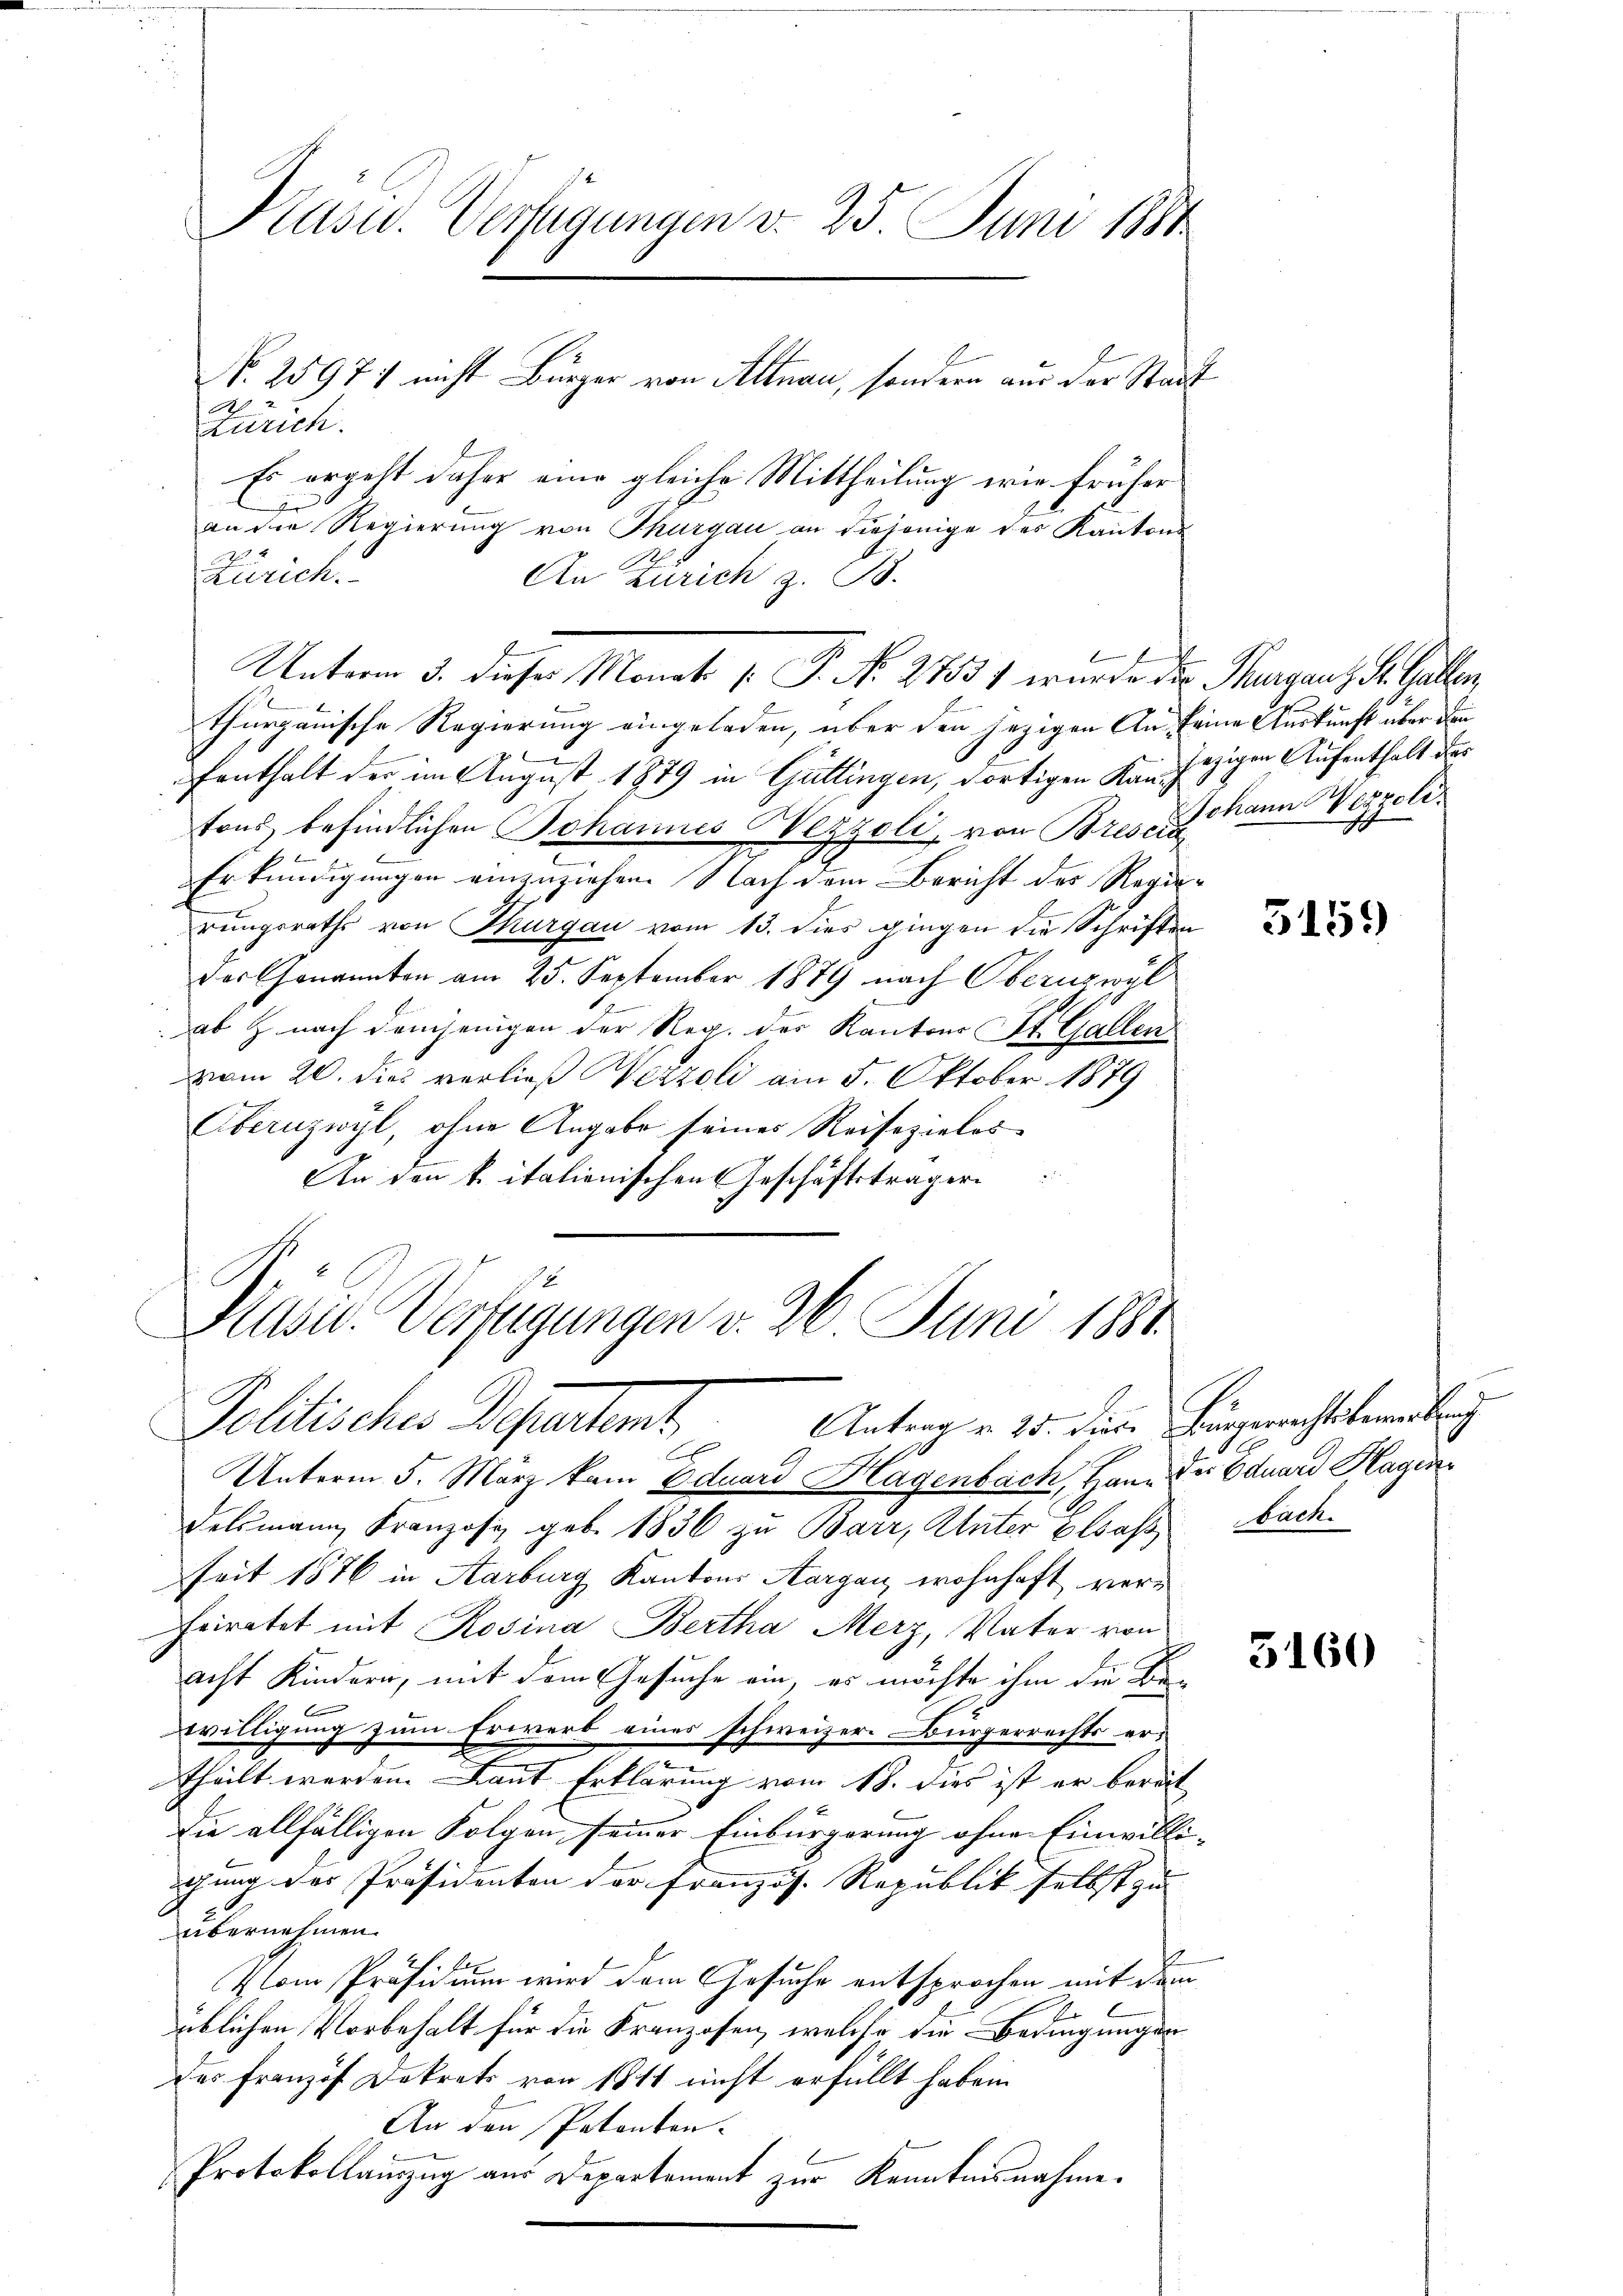
A 2
Zürich.
Es ergeht daher eine gleiche Mittheilung wie früher
h
an die Regierung von Thurgau an diejenige des Kantons-
.
Zürich.
An Zürich z. B.
thurgauische Regierung eingeladen, über den jezigen An seine Auskunft über dann
fenthalt der im August 1879 in Güttingen, dortigen Kan jezigen Aufenthalt der
tons befindlichen Johannes Vezzoli, von Bresera
Erkundigungen einzuziehen. Nach dem Bericht der Regierungsraths von Thurgau vom 13. dies gingen die Schriften
das Genannten am 25. September 1879 nach Obernzwyl
e
ab Z. nach demjenigen der Reg. der Kantons St. Gallen
vom 20. dies verließ Wezzoli am 5. Oktober 1879
Obernzwyl, ohne Angabe seines Reisezieles
An den k. italienischen Geschäftsträger

Präsid. Verfügungen d. 25. Juni 1884
No. 2597: nicht Bürger von Altnau, sondern aus der Stadt

Hasu. Verfügungen v. 26. Juni 1881.
Politisches Departamt
Antrag v. 25. Dieser Burgerrechtskenburg

Unterm 5. März kam Oduard Klagenbach, Han. Der Eduard Hagin
delsmann Franzosi geb. 1836 zu Barr, Unter Elsass Nach
seit 1876 in Aarburg Kantons Aargau, wohnhaft verheiratet mit Rosina Bertha Merz, Vater von
acht Kindern, mit dem Gesuche ein, es möchte ihm die Be-
willigung zum Erwerb einer schweizer. Bürgerrechts er-
theilt werden. Laut Erklärung vom 18. dies ist er bereit
Die allfälligen Folgen, seiner Einbürgerung ohne Einwilli-
ichung des Präsidenten der Französ. Republik selbst zu
übernehmen.
Klom Präsidium wird dem Gesuche entsprochen mit dem
üblichen Vorbehalt für die Kranzosen, welche die Bedingungen
des Franzis Dekrets von 1811 nicht erfüllt haben
An den Patenten.
Protokollanzug aus Departement zur Kenntnisnahme.

Unterm 3. dieses Monat [ P. No. 27831 wurde des Thurganz St. Gallen,

lch

Johann Wezzeli.

.

5159)

e

3160